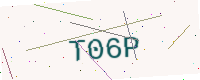
Text: T06P